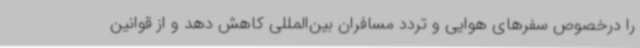
را درخصوص سفرهای هوایی و تردد مسافران بین‌المللی کاهش دهد و از قوانین